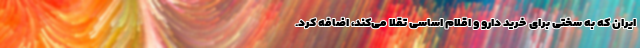
ایران که به سختی برای خرید دارو و اقلام اساسی تقلا می‌کند، اضافه کرد.